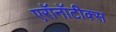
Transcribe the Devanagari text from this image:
एरॉनॉटीक्स